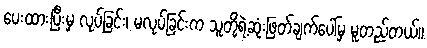
ပေးထားပြီးမှ လုပ်ခြင်း၊ မလုပ်ခြင်းက သူတို့ရဲ့ဆုံးဖြတ်ချက်ပေါ်မှ မူတည်တယ်။